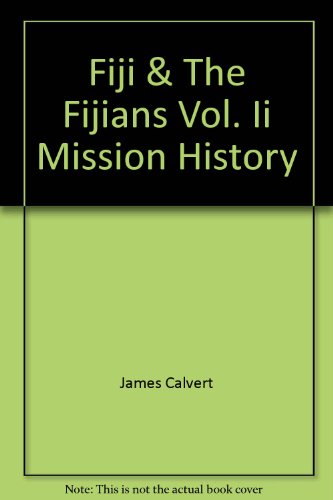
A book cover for Fiji And The Fijians - Vol. Ii - Mission History; James Calvert; History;